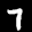
Label: 7